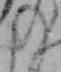
の